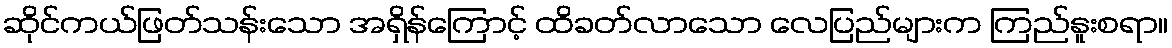
ဆိုင်ကယ်ဖြတ်သန်းသော အရှိန်ကြောင့် ထိခတ်လာသော လေပြည်များက ကြည်နူးစရာ။